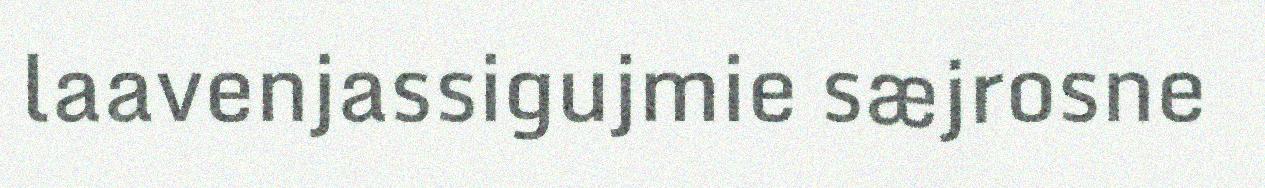
laavenjassigujmie sæjrosne